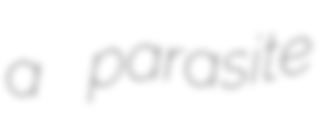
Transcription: a parasite